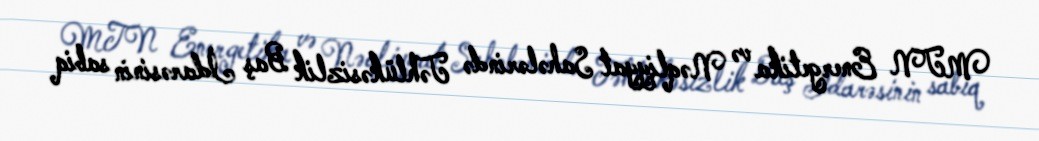
MTN Energetika və Nəqliyyat Sahələrində Təhlükəsizlik Baş İdarəsinin sabiq